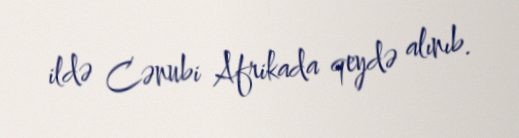
ildə Cənubi Afrikada qeydə alınıb.